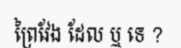
ព្រៃវែង ដែល ឬ ទេ ?